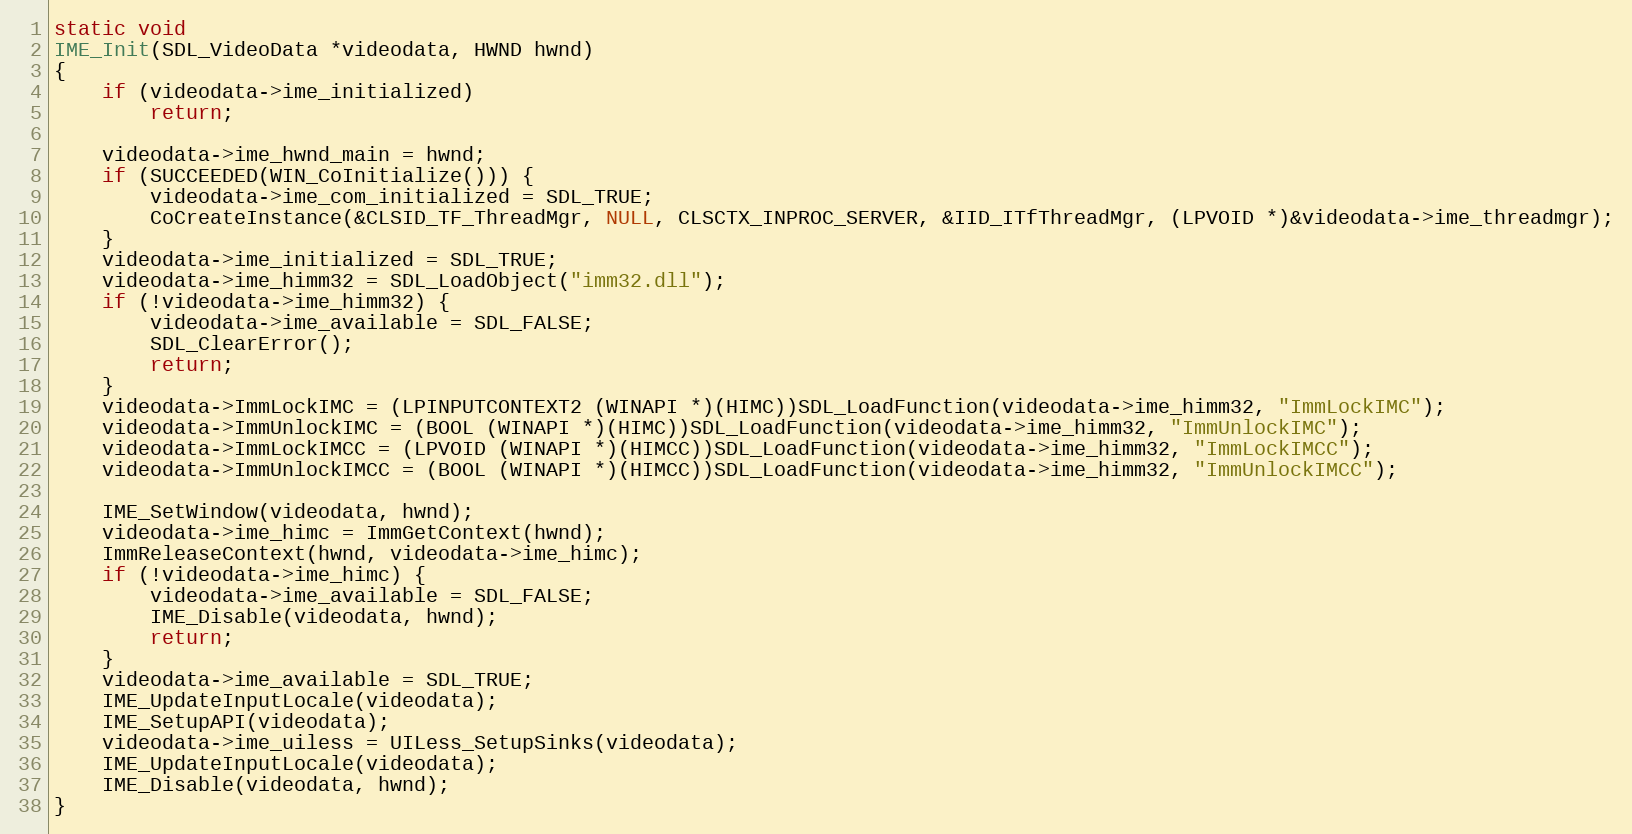
Language: C
static void
IME_Init(SDL_VideoData *videodata, HWND hwnd)
{
    if (videodata->ime_initialized)
        return;

    videodata->ime_hwnd_main = hwnd;
    if (SUCCEEDED(WIN_CoInitialize())) {
        videodata->ime_com_initialized = SDL_TRUE;
        CoCreateInstance(&CLSID_TF_ThreadMgr, NULL, CLSCTX_INPROC_SERVER, &IID_ITfThreadMgr, (LPVOID *)&videodata->ime_threadmgr);
    }
    videodata->ime_initialized = SDL_TRUE;
    videodata->ime_himm32 = SDL_LoadObject("imm32.dll");
    if (!videodata->ime_himm32) {
        videodata->ime_available = SDL_FALSE;
        SDL_ClearError();
        return;
    }
    videodata->ImmLockIMC = (LPINPUTCONTEXT2 (WINAPI *)(HIMC))SDL_LoadFunction(videodata->ime_himm32, "ImmLockIMC");
    videodata->ImmUnlockIMC = (BOOL (WINAPI *)(HIMC))SDL_LoadFunction(videodata->ime_himm32, "ImmUnlockIMC");
    videodata->ImmLockIMCC = (LPVOID (WINAPI *)(HIMCC))SDL_LoadFunction(videodata->ime_himm32, "ImmLockIMCC");
    videodata->ImmUnlockIMCC = (BOOL (WINAPI *)(HIMCC))SDL_LoadFunction(videodata->ime_himm32, "ImmUnlockIMCC");

    IME_SetWindow(videodata, hwnd);
    videodata->ime_himc = ImmGetContext(hwnd);
    ImmReleaseContext(hwnd, videodata->ime_himc);
    if (!videodata->ime_himc) {
        videodata->ime_available = SDL_FALSE;
        IME_Disable(videodata, hwnd);
        return;
    }
    videodata->ime_available = SDL_TRUE;
    IME_UpdateInputLocale(videodata);
    IME_SetupAPI(videodata);
    videodata->ime_uiless = UILess_SetupSinks(videodata);
    IME_UpdateInputLocale(videodata);
    IME_Disable(videodata, hwnd);
}